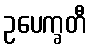
ဥပေက္ခတီ